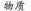
物质